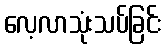
လေ့လာသုံးသပ်ခြင်း